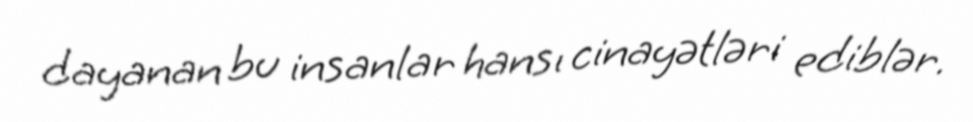
dayanan bu insanlar hansı cinayətləri ediblər.